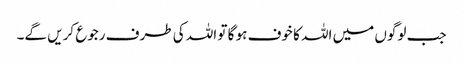
جب لوگوں میں اللہ کا خوف ہو گا تو اللہ کی طرف رجوع کریں گے۔